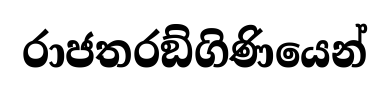
රාජතරඞ්ගිණියෙන්